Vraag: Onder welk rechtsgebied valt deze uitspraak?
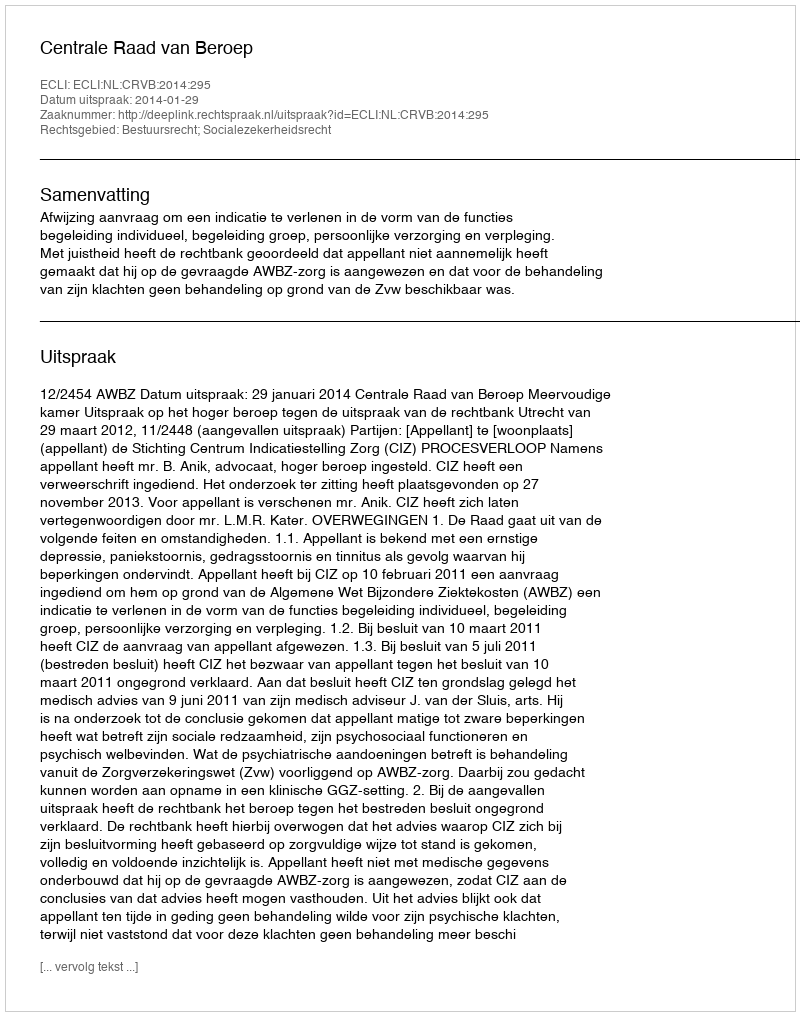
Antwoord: Bestuursrecht; Socialezekerheidsrecht